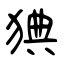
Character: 猠